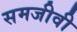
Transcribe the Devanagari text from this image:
समजीवी